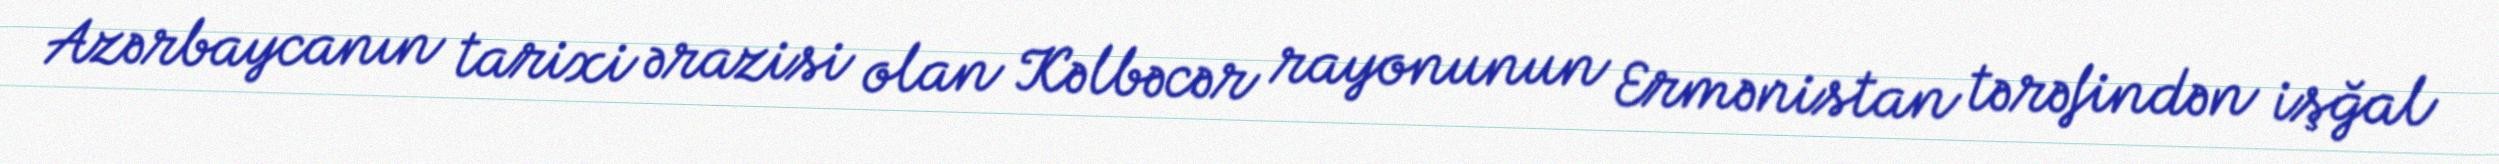
Azərbaycanın tarixi ərazisi olan Kəlbəcər rayonunun Ermənistan tərəfindən işğal